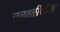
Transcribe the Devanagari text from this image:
चळवळींकरिता